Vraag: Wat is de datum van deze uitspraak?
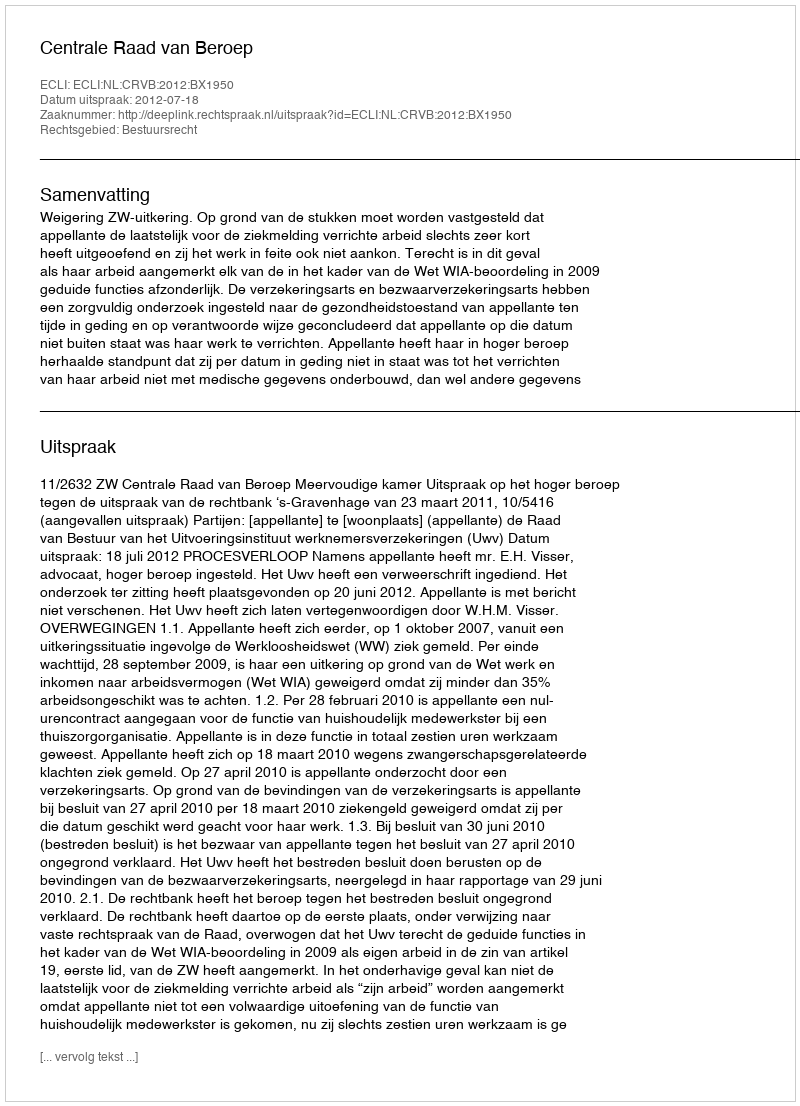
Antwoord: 2012-07-18